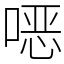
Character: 𫫇